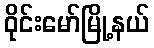
ဝိုင်းမော်မြို့နယ်